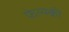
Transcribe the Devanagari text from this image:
फेल्स्की